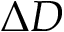
\Delta D